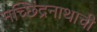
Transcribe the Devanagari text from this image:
मच्छिंद्रनाथाची